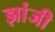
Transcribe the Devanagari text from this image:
झांजी